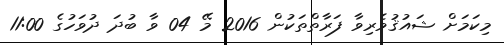
މިކަމަށް ޝައުޤުވެރިވާ ފަރާތްތަކުން 2016 މޭ 04 ވާ ބުދަ ދުވަހުގެ 11:00